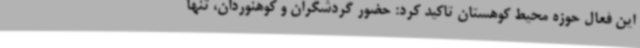
این فعال حوزه محیط کوهستان تاکید کرد: حضور گردشگران و کوهنوردان، تنها